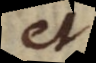
et